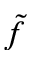
\tilde { f }